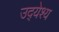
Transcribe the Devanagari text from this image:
उद्‍येश्य